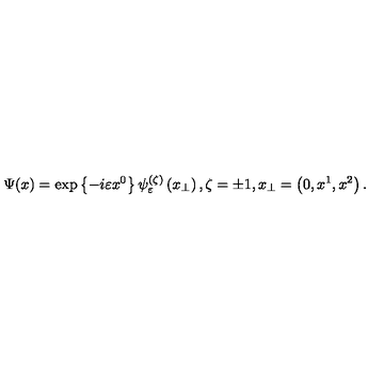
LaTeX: \Psi ( x ) = \exp \left\{ - i \varepsilon x ^ { 0 } \right\} \psi _ { \varepsilon } ^ { ( \zeta ) } \left( x _ { \perp } \right) , \zeta = \pm 1 , x _ { \perp } = \left( 0 , x ^ { 1 } , x ^ { 2 } \right) .